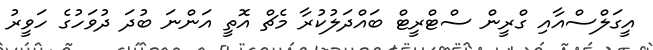
އީގަލްސްއާއި ގްރީން ސްޓްރީޓް ބައްދަލުކުރާ މެޗް އޮތީ އަންނަ ބުދަ ދުވަހުގެ ހަވީރު